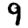
Digit: 9